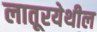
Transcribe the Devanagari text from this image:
लातूरयेथील